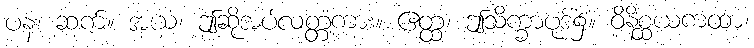
ပန၊ ဆက်။ အယံ၊ ဤဆိုအပ်လတ္တံ့ကား။ ဧတ္ထ၊ ဤသိက္ခာပုဒ်၌။ ဝိနိစ္ဆယကထာ၊